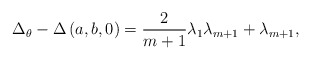
\begin{align*}\Delta_\theta - \Delta \left( a,b,0 \right) = \frac{2}{m+1} \lambda_1 \lambda_{m+1} + \lambda_{m+1} ,\end{align*}